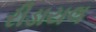
રીડાયલ